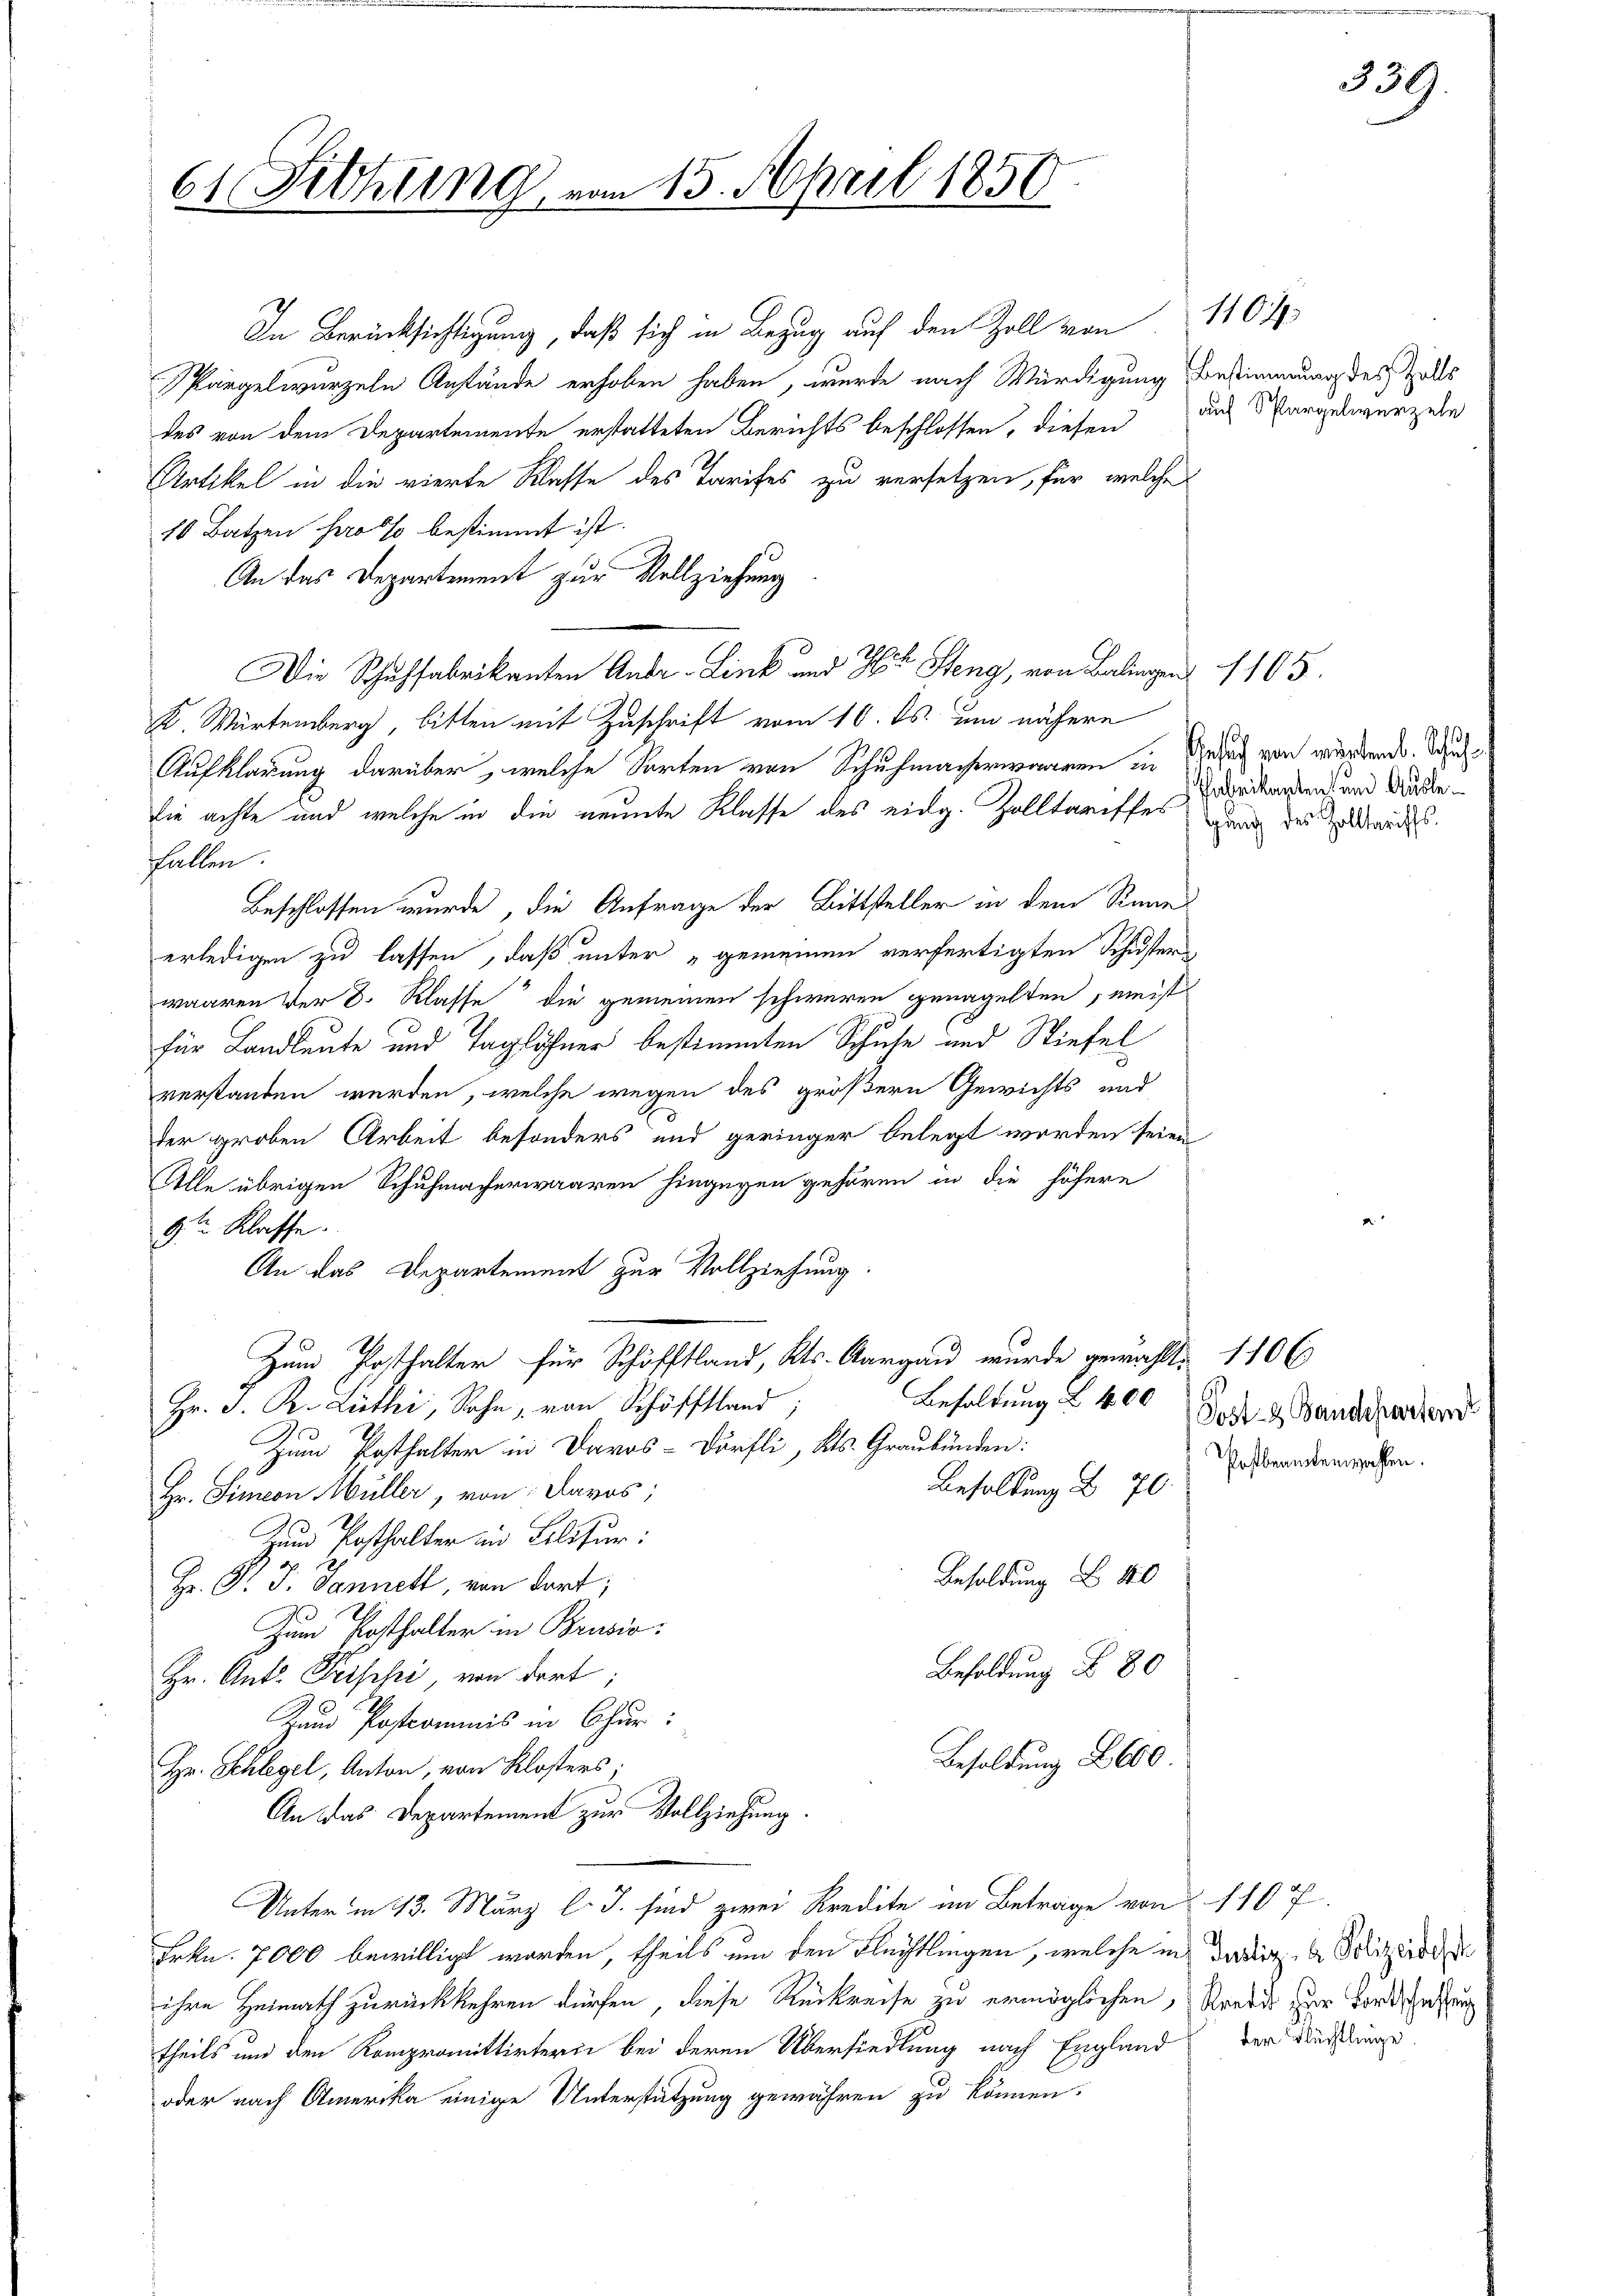
61 Fithung vom 15. April 1850.

In Berücksichtigung, daß sich in Bezug auf den Zoll von
Spargelwurzeln Anstände erhoben haben, wurde nach Würdigung Bestimmung des Zolls
des von dem Departemente erstatteten Berichts beschlossen, diesen
Artikel in die vierte Klasse des Tarifes zu versetzen, für welche
16 Batzen so so bestimmt ist.
An das Departement zur Vollziehung
Die Schuhfabrikanten Anbr. Link und Mit Steng, von Balingen 1105.
K. Würtemberg, bitten mit Zuschrift vom 16. ds. um nähere
Aufklärung darüber, welche Forten von Schuhmacherwaaren in Rede von wurdend. Schu
Die achte und welche in die neunte Klasse des eidg. Zolltareffes dritanten und Auslefallen.
Beschlossen wurde, die Anfrage der Bittsteller in dem Sinnen
erledigen zu lassen, daß unter „gemeinen verfertigten Schuster
waaren Ver 8. Klasse die gemeinen schweren genagelten, meist
für Landleute und Taglöhner bestimmten Schuhe und Stiefel
verstanden werden, welche wegen des größern Gewichts und
der groben Arbeit besonders und geringer belegt werden seien
Alle übrigen Schuhmacherwaaren hingegen gehören in die höhere
9te Klasse.
An das Departement zur Vollziehung.
Zum Posthalter für Schöfftland, Kts. Aargau wurde gewählt. 1106
Besoldung L 400
Hr. J. R. Lüthi, Sohn, von Schöffland
Zum Posthalter in Davos- Dörfli, Kts. Graubünden:
Besoldung d 70
Hr. Simeon Müller, von Davos;
Zum Posthalter in Belitur:
s
Besoldung I 40
Hr. P. J. Jannett, von dort;
Zum Posthalter in Brusio:
Besoldung § 80
Hr. Ant. Prischei, von dort;
Zum Postcommis in Chur:
Besoldung L 600.
Hr. Schlegel, Anton, von Klosters;
An das Departement zur Vollziehung.
Unter in 13. März l. J. sind zwei Kredite im Betrage von 110 f.
Frkn. 7000 bewilligt worden, theils um den Flüchtlingen, welche in dasig- & Polizeidi
ihre Heimath zurückkehren dürfen, diese Rückreise zu ermöglichen, Kredis zur Tordschaftung
theils und den Kompromittirterin bei deren Übersiedlung nach England der Buchdringe
oder nach Amerika einige Unterstützung gewähren zu können.

auf Spargelwurzeln

1104

gung des Zolltariffs.

339.

Post- & Baudeparten
Pofbeamtenwahlen.